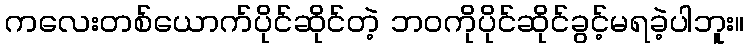
ကလေးတစ်ယောက်ပိုင်ဆိုင်တဲ့ ဘဝကိုပိုင်ဆိုင်ခွင့်မရခဲ့ပါဘူး။